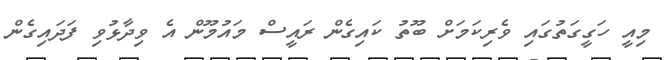
މިއީ ހަގީގަތުގައި ވެރިކަމަށް ބޫތު ކައިގެން ރައީސް މައުމޫން އެ ވިދާޅުވި ފަދައިގެން